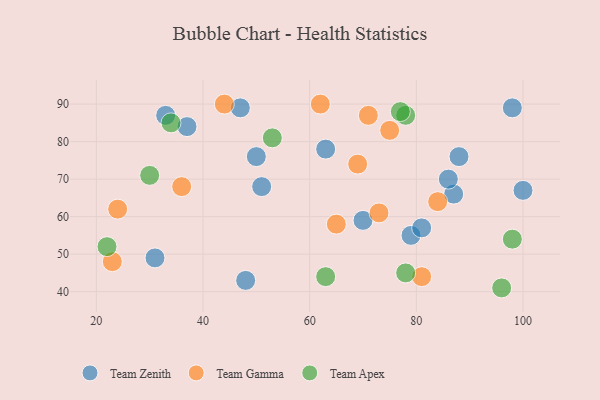
{"axis": {"x": "GDP", "y": "Life Expectancy"}, "legend": ["Team Apex", "Team Gamma", "Team Zenith"], "data": [{"x": "48", "y": 43, "type": "Team Zenith"}, {"x": "47", "y": 89, "type": "Team Zenith"}, {"x": "37", "y": 84, "type": "Team Zenith"}, {"x": "88", "y": 76, "type": "Team Zenith"}, {"x": "51", "y": 68, "type": "Team Zenith"}, {"x": "87", "y": 66, "type": "Team Zenith"}, {"x": "31", "y": 49, "type": "Team Zenith"}, {"x": "50", "y": 76, "type": "Team Zenith"}, {"x": "33", "y": 87, "type": "Team Zenith"}, {"x": "63", "y": 78, "type": "Team Zenith"}, {"x": "100", "y": 67, "type": "Team Zenith"}, {"x": "79", "y": 55, "type": "Team Zenith"}, {"x": "70", "y": 59, "type": "Team Zenith"}, {"x": "98", "y": 89, "type": "Team Zenith"}, {"x": "81", "y": 57, "type": "Team Zenith"}, {"x": "86", "y": 70, "type": "Team Zenith"}, {"x": "23", "y": 48, "type": "Team Gamma"}, {"x": "24", "y": 62, "type": "Team Gamma"}, {"x": "44", "y": 90, "type": "Team Gamma"}, {"x": "62", "y": 90, "type": "Team Gamma"}, {"x": "75", "y": 83, "type": "Team Gamma"}, {"x": "84", "y": 64, "type": "Team Gamma"}, {"x": "73", "y": 61, "type": "Team Gamma"}, {"x": "71", "y": 87, "type": "Team Gamma"}, {"x": "65", "y": 58, "type": "Team Gamma"}, {"x": "81", "y": 44, "type": "Team Gamma"}, {"x": "36", "y": 68, "type": "Team Gamma"}, {"x": "69", "y": 74, "type": "Team Gamma"}, {"x": "78", "y": 87, "type": "Team Apex"}, {"x": "63", "y": 44, "type": "Team Apex"}, {"x": "98", "y": 54, "type": "Team Apex"}, {"x": "96", "y": 41, "type": "Team Apex"}, {"x": "30", "y": 71, "type": "Team Apex"}, {"x": "34", "y": 85, "type": "Team Apex"}, {"x": "22", "y": 52, "type": "Team Apex"}, {"x": "78", "y": 45, "type": "Team Apex"}, {"x": "77", "y": 88, "type": "Team Apex"}, {"x": "53", "y": 81, "type": "Team Apex"}]}